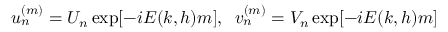
u _ { n } ^ { ( m ) } = U _ { n } \exp [ - i E ( k , h ) m ] , \; \; v _ { n } ^ { ( m ) } = V _ { n } \exp [ - i E ( k , h ) m ]